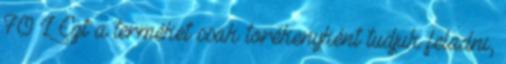
70 L Ezt a terméket csak törékenyként tudjuk feladni,